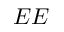
E E